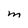
Character: M